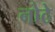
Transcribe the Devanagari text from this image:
नोठे